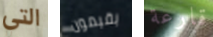
التي يقيمون قارعة